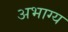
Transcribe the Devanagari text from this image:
अभाग्य